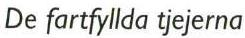
De fartfyllda tjejerna